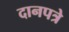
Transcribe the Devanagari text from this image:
दानपत्रे